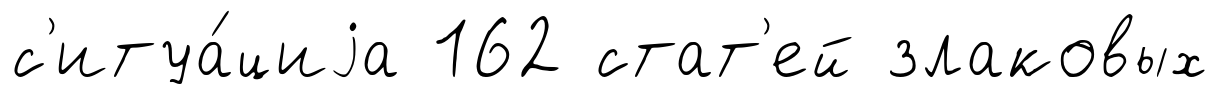
с'итуа́циjа 162 стат'ей злаковых